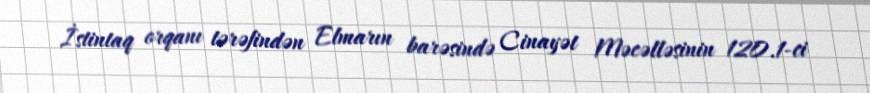
İstintaq orqanı tərəfindən Elmarın barəsində Cinayət Məcəlləsinin 120.1-ci